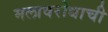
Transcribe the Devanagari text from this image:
मलावरोधाची